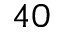
4 0